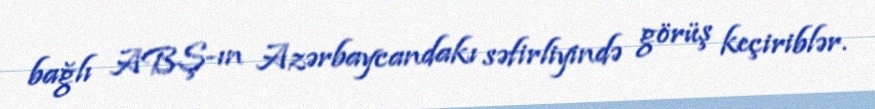
bağlı ABŞ-ın Azərbaycandakı səfirliyində görüş keçiriblər.